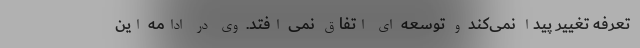
تعرفه تغییر پیدا نمی‌کند و توسعه ای اتفاق نمی افتد. وی در ادامه این